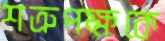
শত্রুপক্ষকে